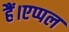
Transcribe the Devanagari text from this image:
हैं।एप्पल